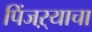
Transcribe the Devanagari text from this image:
पिंजऱ्याचा